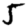
Digit: 5